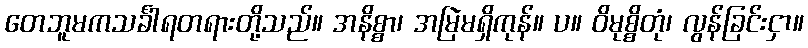
တေဘူမကသင်္ခါရတရားတို့သည်။ အနိစ္စာ၊ အမြဲမရှိကုန်။ ပ။ ဝိမုစ္စိတုံ၊ လွန်ခြင်းငှာ။